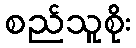
စည်သူစိုး